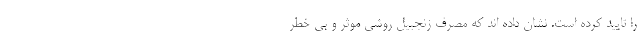
را تایید کرده است. نشان داده اند که مصرف زنجبیل روشی موثر و بی خطر